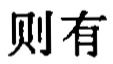
则有